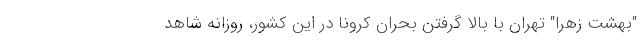
"بهشت زهرا" تهران با بالا گرفتن بحران کرونا در این کشور، روزانه شاهد